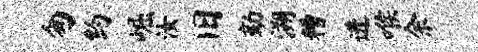
匆约崛汝旧劾溯糟进喉余